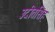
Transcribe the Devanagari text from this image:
उदीतसिंह